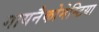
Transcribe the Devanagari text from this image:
गायनैकोमेस्टिया